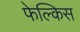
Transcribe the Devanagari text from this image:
फेल्किस